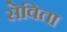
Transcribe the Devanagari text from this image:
सेविता